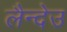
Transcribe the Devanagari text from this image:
लैन्देउ